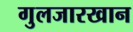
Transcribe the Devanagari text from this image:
गुलजारखान